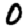
Digit: 0